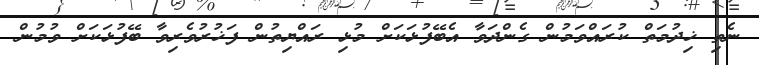
ނެތި ޚިދުމަތް ކުރައްވަމުން ގެންދަވާ އެބޭފުޅަކަށް މުޅި ރައްޔިތުން ފަޚުރުވެރިވާ ބޭފުޅަކަށް ވުމުން